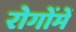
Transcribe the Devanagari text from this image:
रोगोंमें